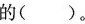
的( )。